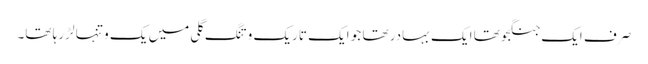
صرف ایک جنگجو تھا ایک بہادر تھا جو ایک تاریک و تنگ گلی میں یک و تنہا لڑ رہا تھا۔